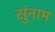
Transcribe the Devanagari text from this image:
सुंनाम